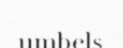
umbels